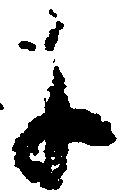
に